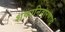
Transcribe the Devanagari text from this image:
शंकानिवारणार्थ